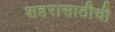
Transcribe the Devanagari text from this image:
शहरासाठीची